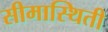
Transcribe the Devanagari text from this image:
सीमास्थिती